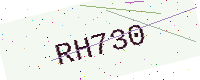
Text: RH730